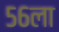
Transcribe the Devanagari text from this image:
५६ला